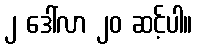
၂ ဒေါ်လာ ၂၀ ဆင့်ပါ။